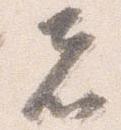
者